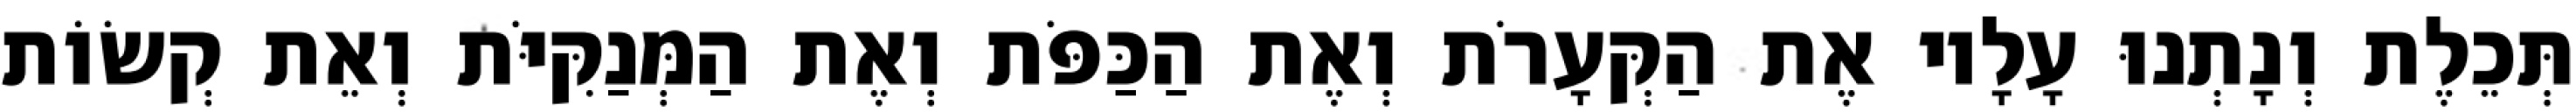
תְּכֵלֶת וְנָתְנוּ עָלָיו אֶת הַקְּעָרֹת וְאֶת הַכַּפֹּת וְאֶת הַמְּנַקִּיֹּת וְאֵת קְשׂוֹת